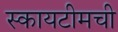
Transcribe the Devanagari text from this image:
स्कायटीमची